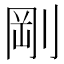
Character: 剛